Civil Veterinary Department. Madras. Admin. report 1926-33 - 1926-1933
Year: 1926
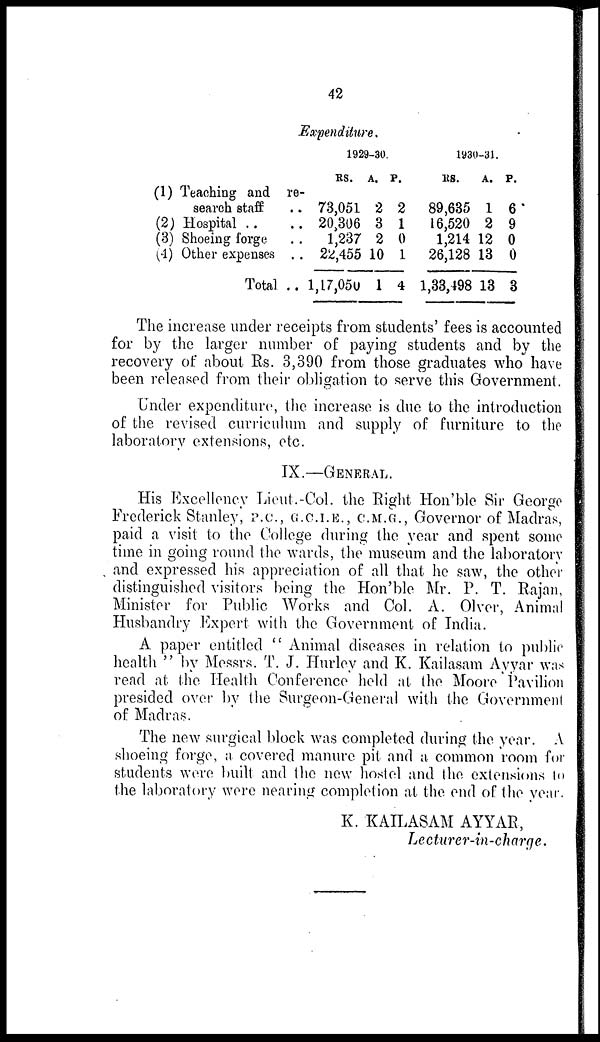
42
Expenditure.
(1) Teaching and re-
search staff ..
(2) Hospital .. ..
(3) Shoeing forge ..
(4) Other expenses ..
Total ..
1929-30.
Rs.
73,051
20,306
1,237
22,455
1,17,050
A.
2
3
2
10
1
P.
2
1
0
1
4
1930-31.
Rs.
89,635
16,520
1,214
26,128
1,33,498
A.
1
2
12
13
13
P.
6
9
0
0
3
The increase under receipts from students' fees is accounted
for by the larger number of paying students and by the
recovery of about Rs. 3,390 from those graduates who have
been released from their obligation to serve this Government.
Under expenditure, the increase is due to the introduction
of the revised curriculum and supply of furniture to the
laboratory extensions, etc.
IX.—GENERAL.
His Excellency Lieut.-Col. the Right Hon'ble Sir George
Frederick Stanley, P. C., G.C.I.E., C.M.G., Governor of Madras,
paid a visit to the College during the year and spent some
time in going round the wards, the museum and the laboratory
and expressed his appreciation of all that he saw, the other
distinguished visitors being the Hon'ble Mr. P. T. Rajan,
Minister for Public Works and Col. A. Olver, Animal
Husbandry Expert with the Government of India.
A paper entitled " Animal diseases in relation to public
health " by Messrs. T. J. Hurley and K. Kailasam Ayyar was
read at the Health Conference held at the Moore Pavilion
presided over by the Surgeon-General with the Government
of Madras.
The new surgical block was completed during the year. A
shoeing forge, a covered manure pit and a common room for
students were built and the new hostel and the extensions to
the laboratory were nearing completion at the end of the year.
K. KAILASAM AYYAR,
Lecturer-in-charge.